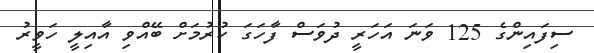
ސިފައިންގެ 125 ވަނަ އަހަރީ ދުވަސް ފާހަގަ ކުރުމަށް ބޭއްވި އާއިލީ ހަވީރު